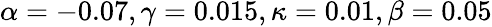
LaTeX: \alpha=-0.07,\gamma=0.015,\kappa=0.01,\beta=0.05